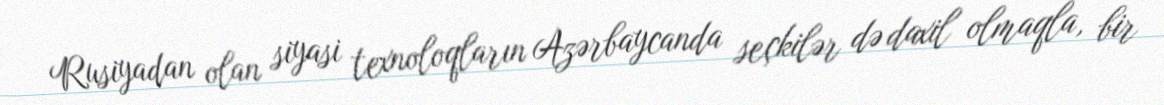
Rusiyadan olan siyasi texnoloqların Azərbaycanda seçkilər də daxil olmaqla, bir